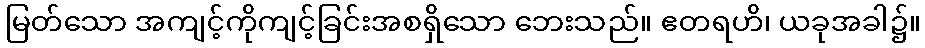
မြတ်သော အကျင့်ကိုကျင့်ခြင်းအစရှိသော ဘေးသည်။ ဧတရဟိ၊ ယခုအခါ၌။